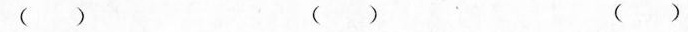
（） （） （）